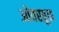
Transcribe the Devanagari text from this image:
ओवरब्रूक